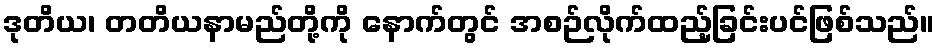
ဒုတိယ၊ တတိယနာမည်တို့ကို နောက်တွင် အစဉ်လိုက်ထည့်ခြင်းပင်ဖြစ်သည်။